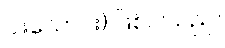
ငါးသောင်း) ဖြစ်ပါသည်။